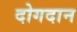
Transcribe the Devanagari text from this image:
दोगदान